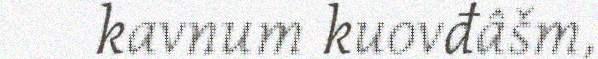
kavnum kuovđâšm,